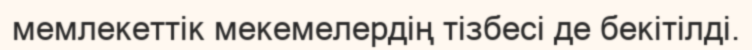
мемлекеттік мекемелердің тізбесі де бекітілді.